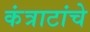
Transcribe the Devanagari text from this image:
कंत्राटांचे